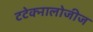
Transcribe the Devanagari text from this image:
टटेक्नालोजीज